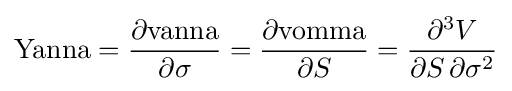
{\text{Yanna}}={\frac {\partial {\text{vanna}}}{\partial \sigma }}={\frac {\partial {\text{vomma}}}{\partial S}}={\frac {\partial ^{3}V}{\partial S\,\partial \sigma ^{2}}}